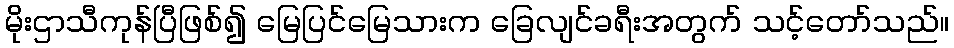
မိုးဌာသီကုန်ပြီဖြစ်၍ မြေပြင်မြေသားက ခြေလျင်ခရီးအတွက် သင့်တော်သည်။